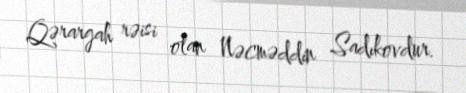
Qərargah rəisi olan Nəcməddin Sadıkovdur.